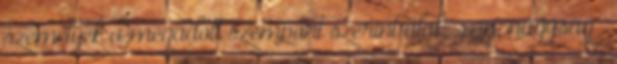
személyek a megadott szempont szerint alak, szín, nagyság .